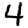
Digit: 4